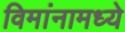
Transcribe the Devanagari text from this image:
विमांनामध्ये